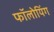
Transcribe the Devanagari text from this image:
फॉलोयिंग